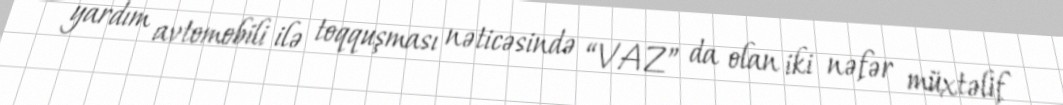
yardım avtomobili ilə toqquşması nəticəsində “VAZ” da olan iki nəfər müxtəlif